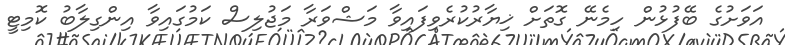
އަވަށުގެ ބޭފުޅުން ހިމެނޭ ގޮތަށް ޚިޔާރުކުރެވިފައިވާ މަޝްވަރާ މަޖުލިސް ކަމުގައިވާ އިންގިލާބު ކޮމިޓީ